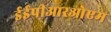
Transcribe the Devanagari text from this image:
ईईपीआरओएम